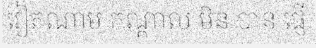
វៀតណាម កណ្តាល មិន បាន ផ្ញើ